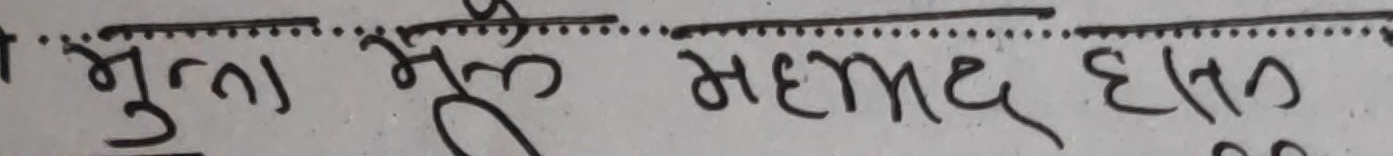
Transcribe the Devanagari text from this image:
मुल्ला मूळ महंमद हसन